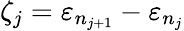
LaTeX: \zeta_{j}=\varepsilon_{n_{j+1}}-\varepsilon_{n_{j}}